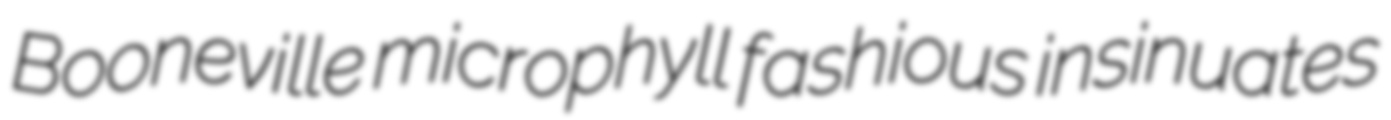
Booneville microphyll fashious insinuates